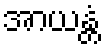
အာယန္တံ